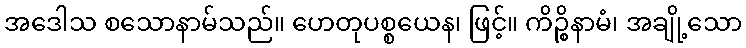
အဒေါသ စသောနာမ်သည်။ ဟေတုပစ္စယေန၊ ဖြင့်။ ကိဉ္စိနာမံ၊ အချို့သော